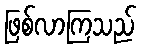
ဖြစ်လာကြသည်